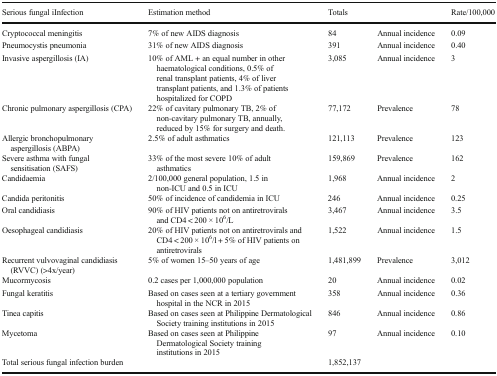
| Serious fungal iInfection | Estimation method | Totals |  | Rate/100,000 |
 | --- | --- | --- | --- | --- |
 | Cryptococcal meningitis | 7% of new AIDS diagnosis | 84 | Annual incidence | 0.09 |
 | Pneumocystis pneumonia | 31% of new AIDS diagnosis | 391 | Annual incidence | 0.40 |
 | Invasive aspergillosis (IA) | 10% of AML + an equal number in other haematological conditions, 0.5% of renal transplant patients, 4% of liver transplant patients, and 1.3% of patients hospitalized for COPD | 3,085 | Annual incidence | 3 |
 | Chronic pulmonary aspergillosis (CPA) | 22% of cavitary pulmonary TB, 2% of non-cavitary pulmonary TB, annually, reduced by 15% for surgery and death. | 77,172 | Prevalence | 78 |
 | Allergic bronchopulmonary aspergillosis (ABPA) | 2.5% of adult asthmatics | 121,113 | Prevalence | 123 |
 | Severe asthma with fungal sensitisation (SAFS) | 33% of the most severe 10% of adult asthmatics | 159,869 | Prevalence | 162 |
 | Candidaemia | 2/100,000 general population, 1.5 in non-ICU and 0.5 in ICU | 1,968 | Annual incidence | 2 |
 | Candida peritonitis | 50% of incidence of candidemia in ICU | 246 | Annual incidence | 0.25 |
 | Oral candidiasis | 90% of HIV patients not on antiretrovirals and CD4 < 200 × 106/L | 3,467 | Annual incidence | 3.5 |
 | Oesophageal candidiasis | 20% of HIV patients not on antiretrovirals and CD4 < 200 × 106/l + 5% of HIV patients on antiretrovirals | 1,522 | Annual incidence | 1.5 |
 | Recurrent vulvovaginal candidiasis (RVVC) (>4x/year) | 5% of women 15–50 years of age | 1,481,899 | Prevalence | 3,012 |
 | Mucormycosis | 0.2 cases per 1,000,000 population | 20 | Annual incidence | 0.02 |
 | Fungal keratitis | Based on cases seen at a tertiary government hospital in the NCR in 2015 | 358 | Annual incidence | 0.36 |
 | Tinea capitis | Based on cases seen at Philippine Dermatological Society training institutions in 2015 | 846 | Annual incidence | 0.86 |
 | Mycetoma | Based on cases seen at Philippine Dermatological Society training institutions in 2015 | 97 | Annual incidence | 0.10 |
 | Total serious fungal infection burden |  | 1,852,137 |  |  |